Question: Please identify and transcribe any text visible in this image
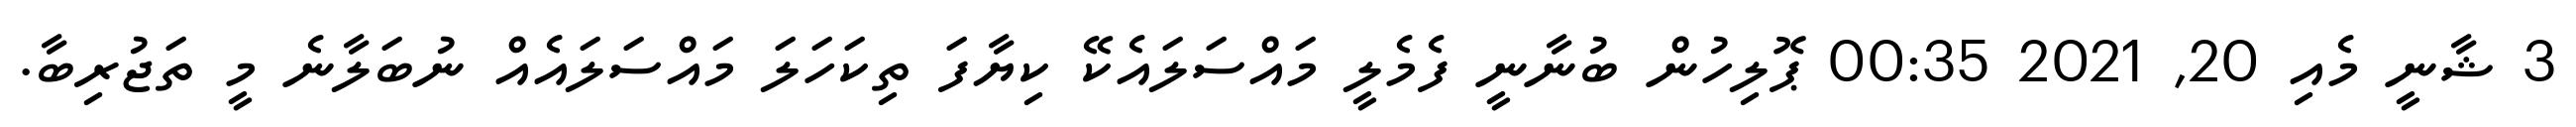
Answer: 3 ޝާނީ މެއި 20, 2021 00:35 ޕޮލިހުން ބުނާނީ ފެމެލީ މައްސަލައެކޭ ކިޔާފަ ތިކަހަލަ މައްސަލައެއް ނުބަލާނެ މީ ތަޖުރިބާ.